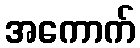
အကောက်